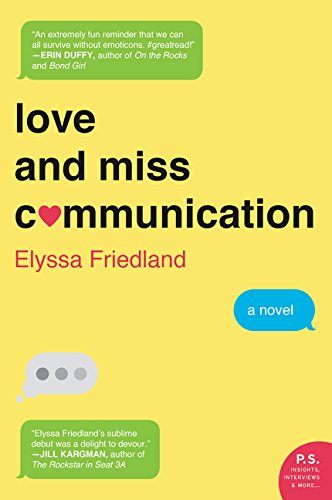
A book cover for Love and Miss Communication: A Novel; Elyssa Friedland; Literature & Fiction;